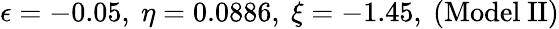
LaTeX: \epsilon=-0.05,~\eta=0.0886,~\xi=-1.45,\mathrm{~(Model~II)}